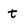
Character: t